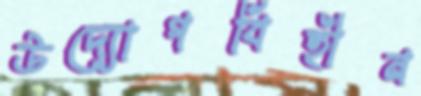
উদ্যোগবিহীন